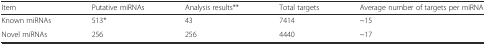
<table><thead><tr><td><b>Item</b></td><td><b>Putative miRNAs</b></td><td><b>Analysis results**</b></td><td><b>Total targets</b></td><td><b>Average number of targets per miRNA</b></td></tr></thead><tbody><tr><td>Known miRNAs</td><td>513*</td><td>43</td><td>7414</td><td>~15</td></tr><tr><td>Novel miRNAs</td><td>256</td><td>256</td><td>4440</td><td>~17</td></tr></tbody></table>